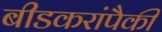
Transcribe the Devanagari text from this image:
बीडकरांपैकी